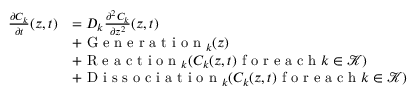
\begin{array} { r l } { \frac { \partial C _ { k } } { \partial t } ( z , t ) } & { = D _ { k } \frac { \partial ^ { 2 } C _ { k } } { \partial z ^ { 2 } } ( z , t ) } \\ & { + \textrm { G e n e r a t i o n } _ { k } ( z ) } \\ & { + \textrm { R e a c t i o n } _ { k } ( C _ { k } ( z , t ) \textrm { f o r e a c h } k \in \mathscr { K } ) } \\ & { + \textrm { D i s s o c i a t i o n } _ { k } ( C _ { k } ( z , t ) \textrm { f o r e a c h } k \in \mathscr { K } ) } \end{array}